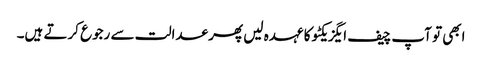
ابھی تو آپ چیف ایگزیکٹو کا عہدہ لیں پھر عدالت سے رجوع کرتے ہیں۔